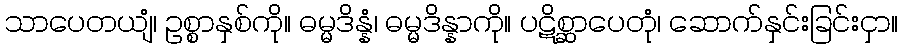
သာပေတယျံ၊ ဥစ္စာနှစ်ကို။ ဓမ္မဒိန္နံ၊ ဓမ္မဒိန္နာကို။ ပဋိစ္ဆာပေတုံ၊ ဆောက်နှင်းခြင်းငှာ။